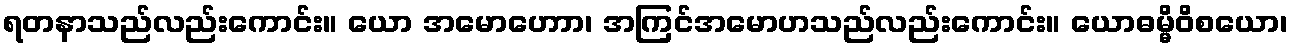
ရတနာသည်လည်းကောင်း။ ယော အမောဟောာ၊ အကြင်အမောဟသည်လည်းကောင်း။ ယောဓမ္မိဝိစယော၊